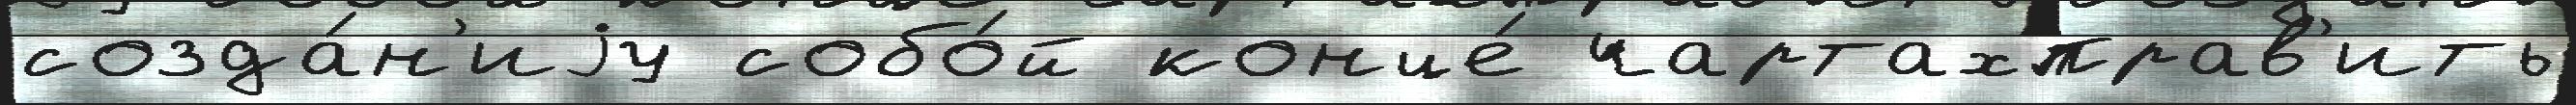
созда́н'иjу собо́й конце́ чартахправ'ить